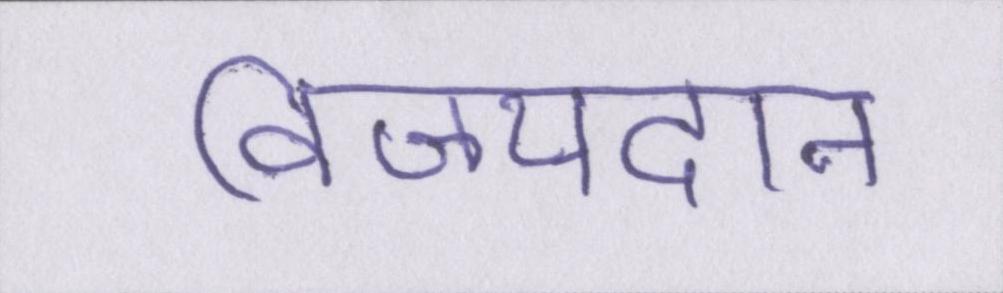
विजयदान